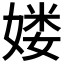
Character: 𡞱